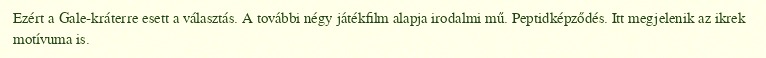
Ezért a Gale-kráterre esett a választás. A további négy játékfilm alapja irodalmi mű. Peptidképződés. Itt megjelenik az ikrek motívuma is.